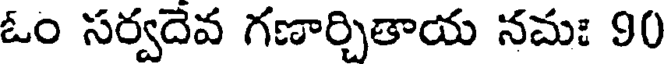
ఓం సర్వదేవ గణార్చితాయ నమః 90